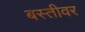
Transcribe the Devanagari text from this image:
बस्तीवर